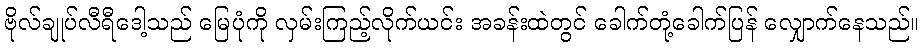
ဗိုလ်ချုပ်လီရီဒေါ့သည် မြေပုံကို လှမ်းကြည့်လိုက်ယင်း အခန်းထဲတွင် ခေါက်တုံ့ခေါက်ပြန် လျှောက်နေသည်။